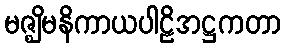
မဇ္ဈိမနိကာယပါဠိအဋ္ဌကတာ